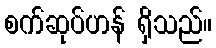
စက်ဆုပ်ဟန် ရှိသည်။